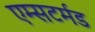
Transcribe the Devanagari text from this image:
एम्सटर्मड